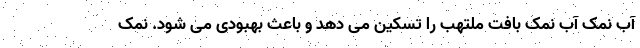
آب نمک آب نمک بافت ملتهب را تسکین می دهد و باعث بهبودی می شود. نمک